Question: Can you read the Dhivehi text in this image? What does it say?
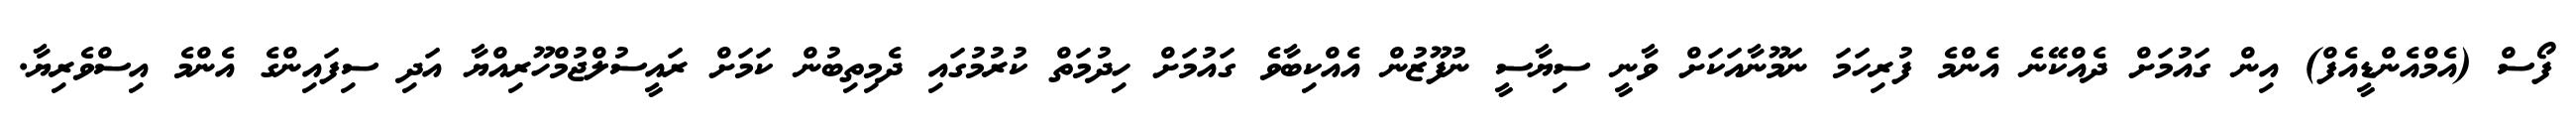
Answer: ފޯސް (އެމްއެންޑީއެފް) އިން ގައުމަށް ދެއްކޭނެ އެންމެ ފުރިހަމަ ނަމޫނާއަކަށް ވާނީ ސިޔާސީ ނުފޫޒުން އެއްކިބާވެ ގައުމަށް ހިދުމަތް ކުރުމުގައި ދެމިތިބުން ކަމަށް ރައީސުލްޖުމްހޫރިއްޔާ އަދި ސިފައިންގެ އެންމެ އިސްވެރިޔާ.